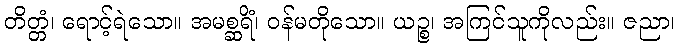
တိတ္တံ၊ ရောင့်ရဲသော။ အမစ္ဆရိံ၊ ဝန်မတိုသော။ ယဉ္စ၊ အကြင်သူကိုလည်း။ ဇညာ၊